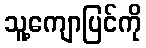
သူ့ကျောပြင်ကို